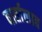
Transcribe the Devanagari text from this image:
वार्तालाब